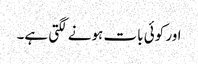
اور کوئی بات ہونے لگتی ہے۔